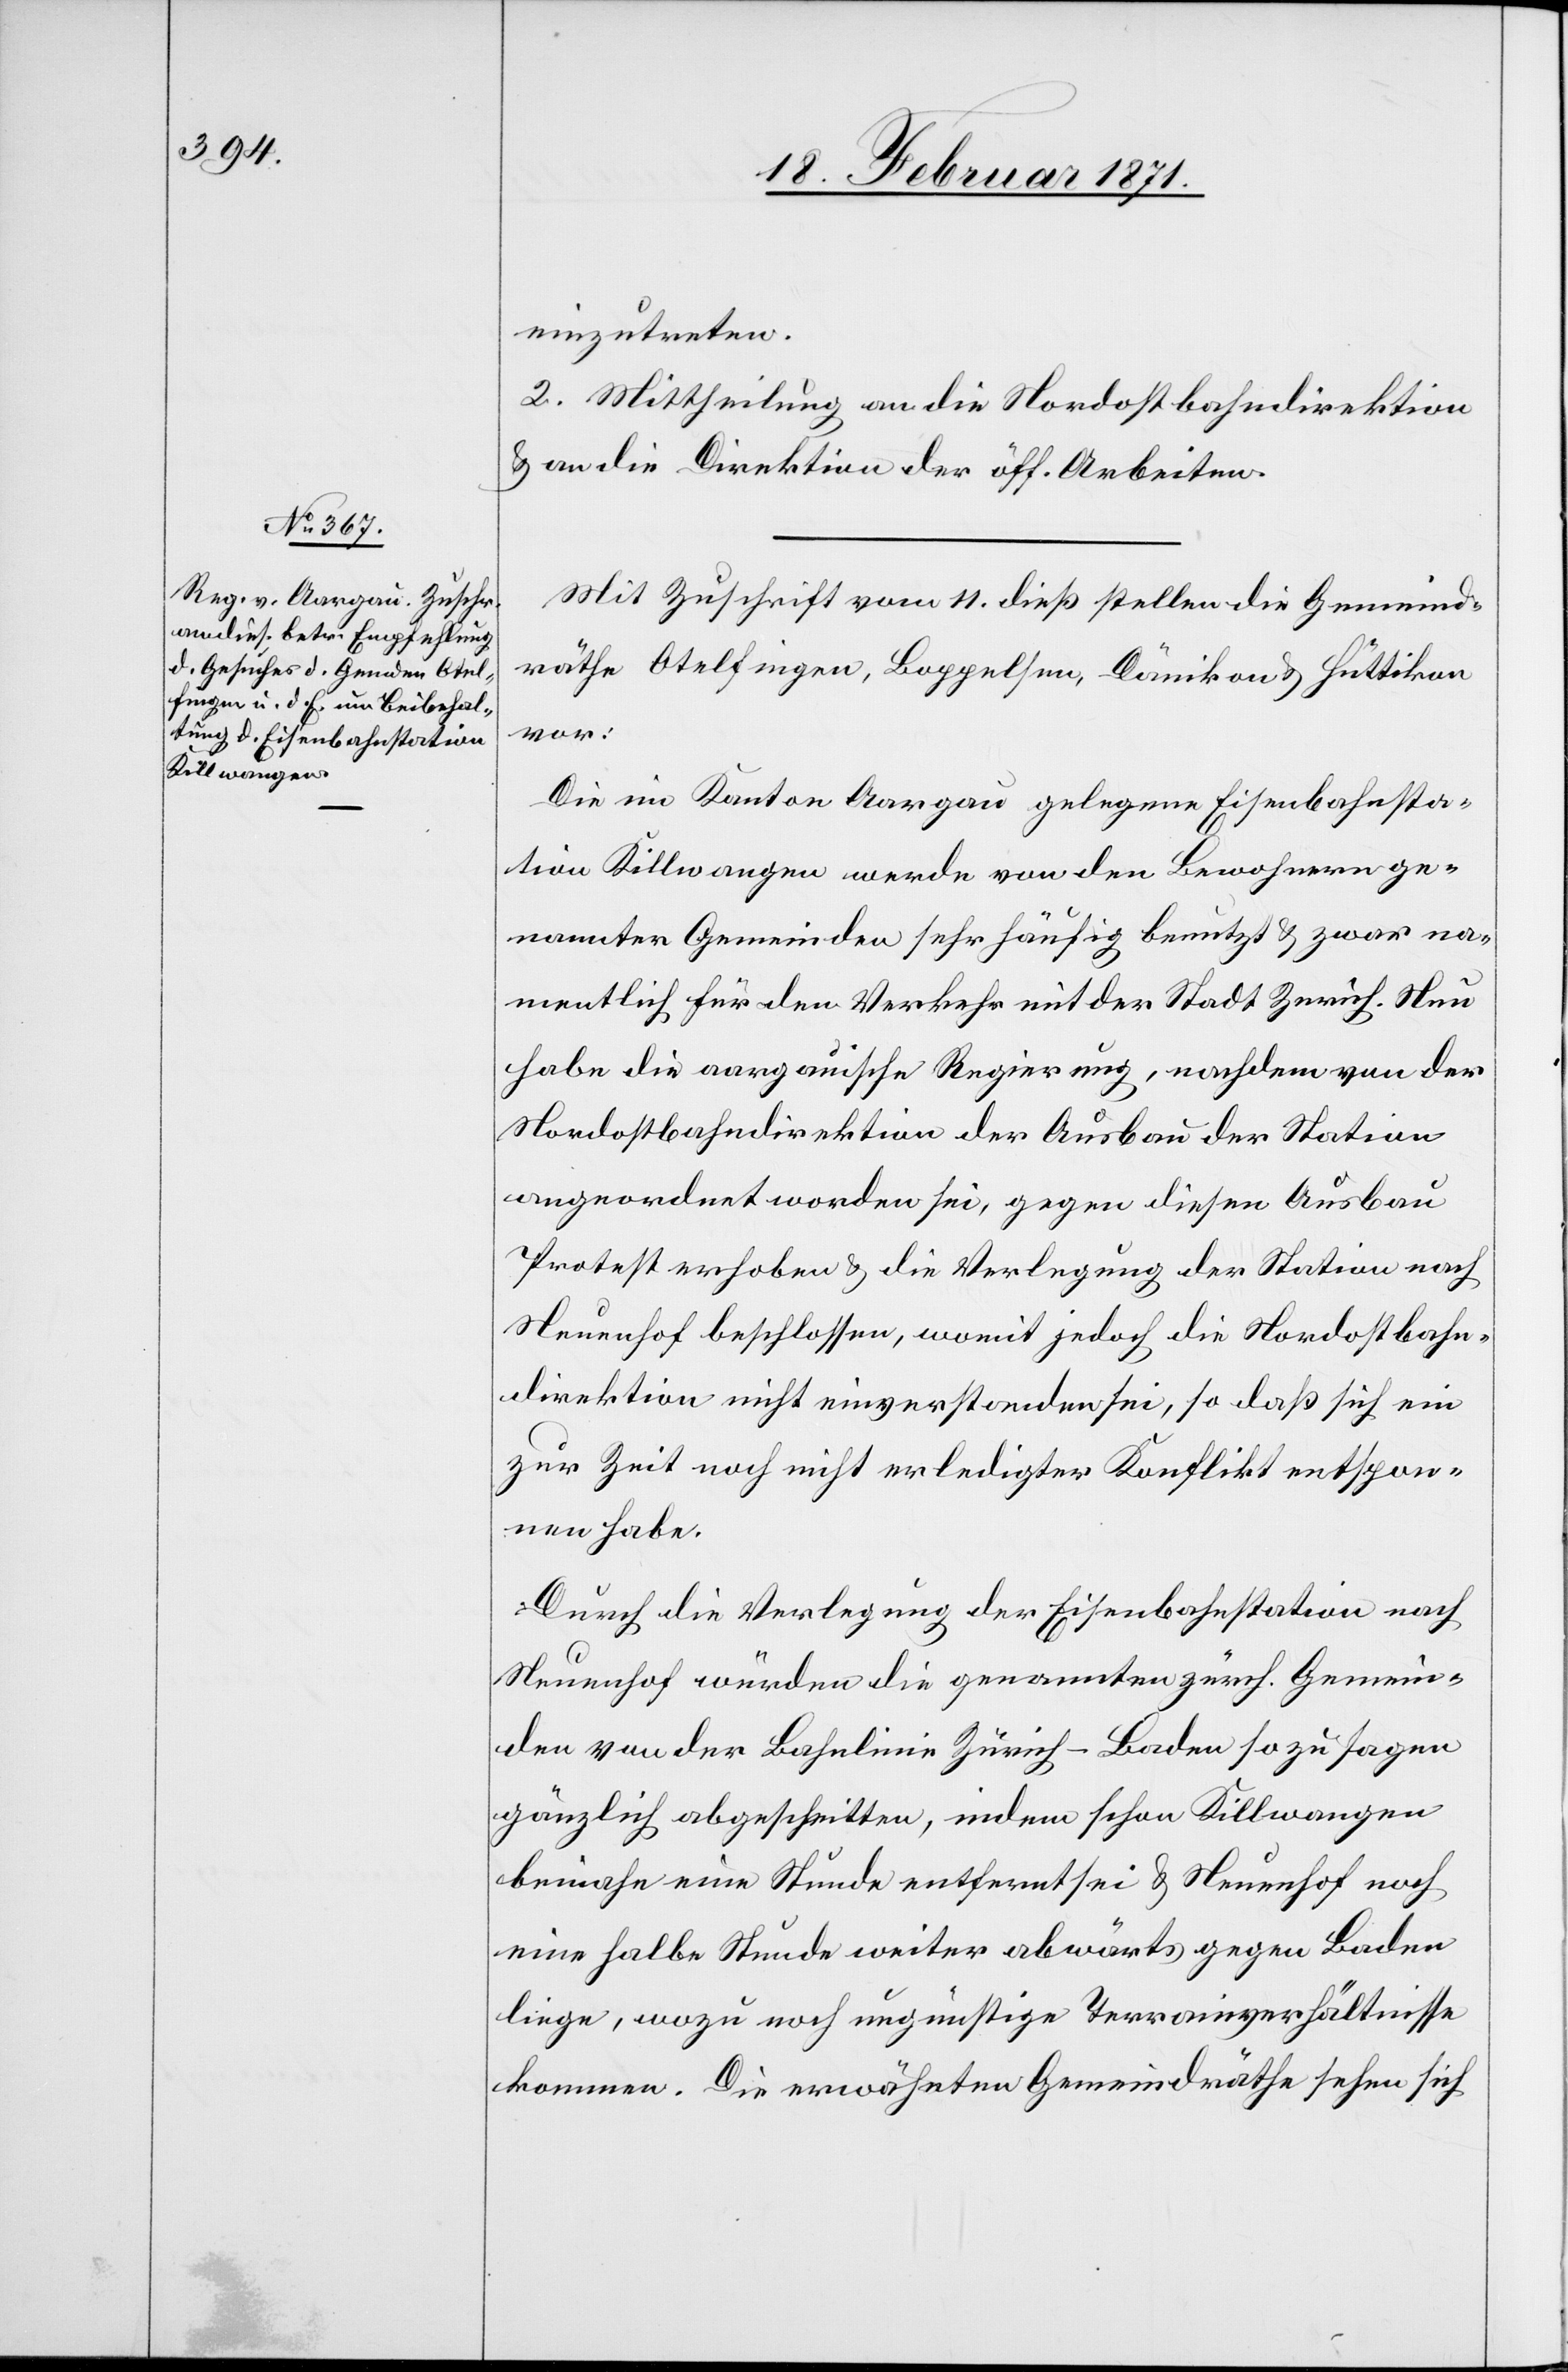
einzutreten.
2. Mittheilung an die Nordostbahndirektion
u. an die Direktion der öff. Arbeiten.
Mit Zuschrift vom 11. dieß stellen die Gemeind¬
räthe Otelfingen, Boppelsen, Dänikon u. Hüttikon
vor:
Die im Kanton Aargau gelegene Eisenbahnsta¬
tion Killwangen werde von den Bewohnern ge¬
nannter Gemeinden sehr häufig benutzt u. zwar na¬
mentlich für den Verkehr mit der Stadt Zürich. Nun
habe die aargauische Regierung, nachdem von der
Nordostbahndirektion der Ausbau der Station
angeordnet worden sei, gegen diesen Ausbau
Protest erhoben u. die Verlegung der Station nach
Neuenhof beschlossen, womit jedoch die Nordostbahn¬
direktion nicht einverstanden sei, so daß sich ein
zur Zeit noch nicht erledigter Konflikt entspon¬
nen habe.
Durch die Verlegung der Eisenbahnstation nach
Neuenhof würden die genannten zürch. Gemein¬
den von der Bahnlinie Zürich-Baden so zu sagen
gänzlich abgeschnitten, indem schon Killwangen
beinahe eine Stunde entfernt sei u. Neuenhof noch
eine halbe Stunde weiter abwärts gegen Baden
liege, wozu noch ungünstige Terrainverhältnisse
kommen. Die erwähnten Gemeindräthe sehen sich